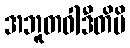
အဘူတဝါဒီတိပိ